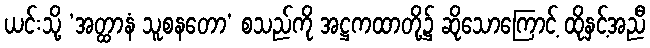
ယင်းသို့ ‘အတ္ထာနံ သူစနတော’ စသည်ကို အဋ္ဌကထာတို့၌ ဆိုသောကြောင့် ထိုနှင့်အညီ